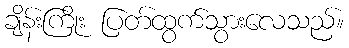
ချိန်းကြိုး ပြတ်ထွက်သွားလေသည်။